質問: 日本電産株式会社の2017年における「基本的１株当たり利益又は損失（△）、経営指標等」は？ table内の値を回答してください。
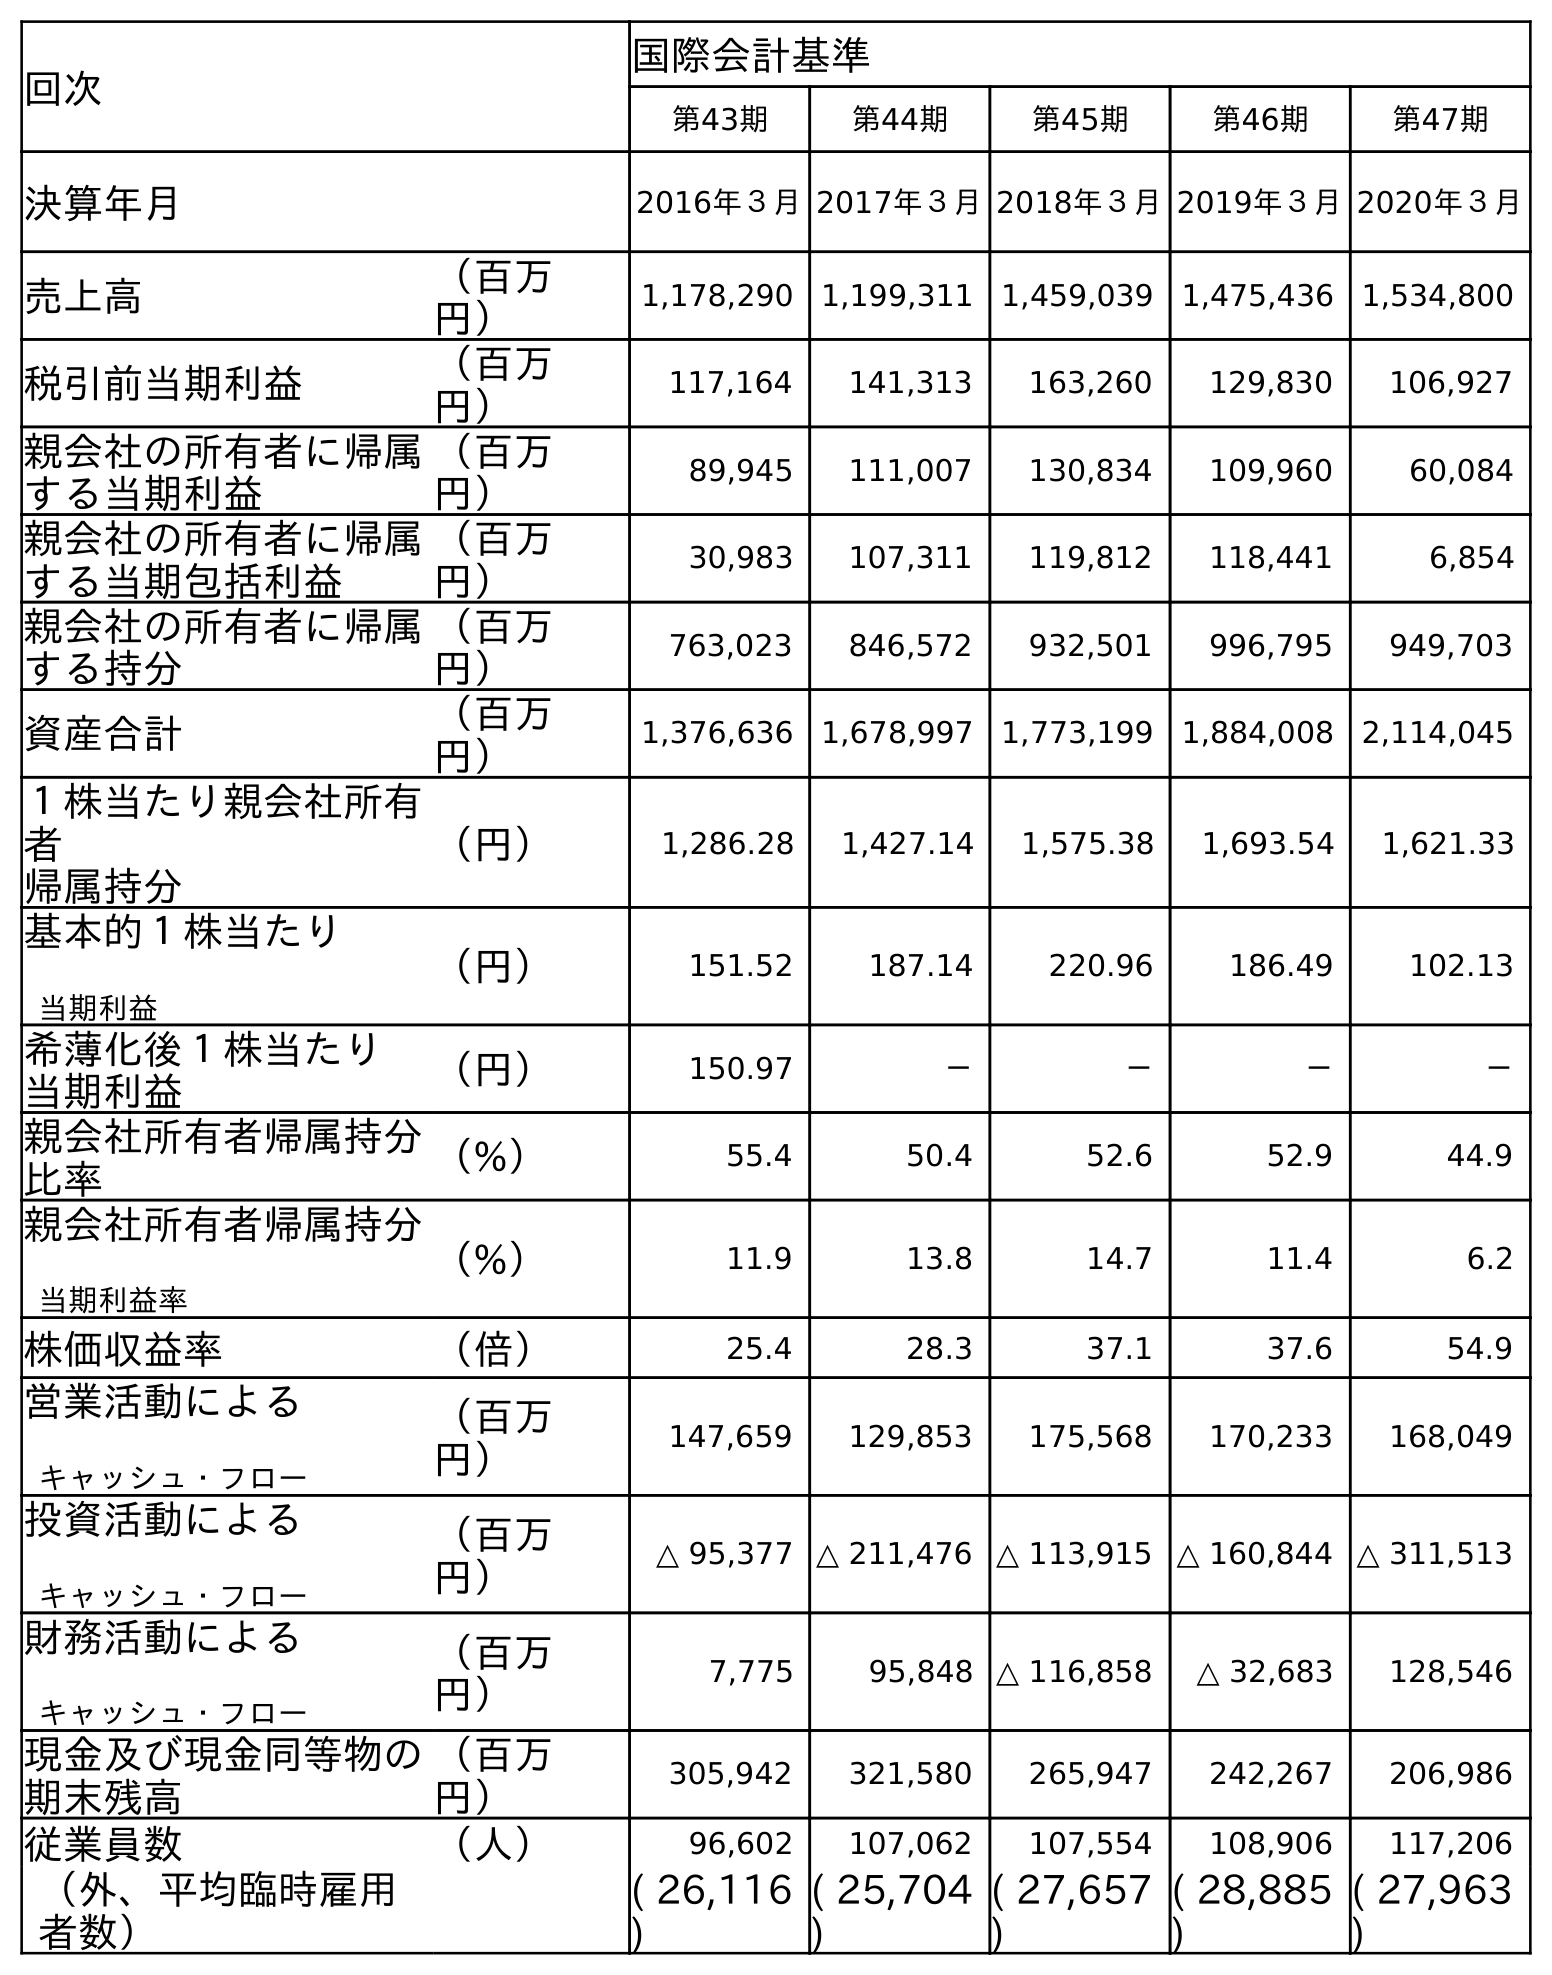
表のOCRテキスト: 回次 国際会計基準 第43期 第44期 第45期 第46期 第47期 決算年月 2016年３月2017年３月2018年３月2019年３月2020年３月 売上高 （百万 円） 1,178,290 1,199,311 1,459,039 1,475,436 1,534,800 税引前当期利益 （百万 円） 117,164 141,313 163,260 129,830 106,927 親会社の所有者に帰属 する当期利益 （百万 円） 89,945 111,007 130,834 109,960 60,084 親会社の所有者に帰属 する当期包括利益 （百万 円） 30,983 107,311 119,812 118,441 6,854 親会社の所有者に帰属 する持分 （百万 円） 763,023 846,572 932,501 996,795 949,703 資産合計 （百万 円） 1,376,636 1,678,997 1,773,199 1,884,008 2,114,045 １株当たり親会社所有 者 帰属持分 （円） 1,286.28 1,427.14 1,575.38 1,693.54 1,621.33 基本的１株当たり 当期利益 （円） 151.52 187.14 220.96 186.49 102.13 希薄化後１株当たり 当期利益 （円） 150.97 － － － － 親会社所有者帰属持分 比率 （%） 55.4 50.4 52.6 52.9 44.9 親会社所有者帰属持分 当期利益率 （%） 11.9 13.8 14.7 11.4 6.2 株価収益率 （倍） 25.4 28.3 37.1 37.6 54.9 営業活動による キャッシュ・フロー （百万 円） 147,659 129,853 175,568 170,233 168,049 投資活動による キャッシュ・フロー （百万 円） △ 95,377 △ 211,476 △ 113,915 △ 160,844 △ 311,513 財務活動による キャッシュ・フロー （百万 円） 7,775 95,848 △ 116,858 △ 32,683 128,546 現金及び現金同等物の 期末残高 （百万 円） 305,942 321,580 265,947 242,267 206,986 従業員数 （人） 96,602 107,062 107,554 108,906 117,206 （外、平均臨時雇用 者数） ( 26,116 ) ( 25,704 ) ( 27,657 ) ( 28,885 ) ( 27,963 )
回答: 187.14